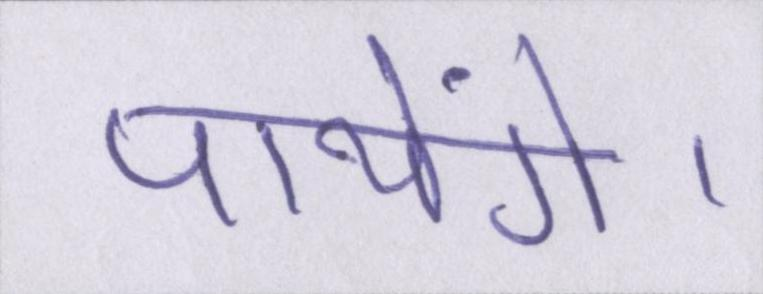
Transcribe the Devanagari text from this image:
पायेंगे।